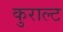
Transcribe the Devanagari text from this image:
कुराल्ट